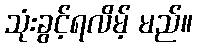
သုံးခွင့်ရလိမ့် မည်။